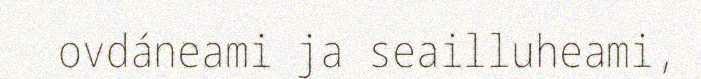
ovdáneami ja seailluheami,